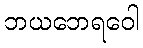
ဘယဘေရဝေါ